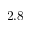
2 . 8